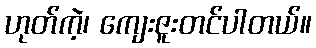
ဟုတ်ကဲ့၊ ကျေးဇူးတင်ပါတယ်။